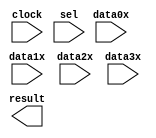
// megafunction wizard: %LPM_MUX%VBB%
// GENERATION: STANDARD
// VERSION: WM1.0
// MODULE: LPM_MUX 

// ============================================================
// Megafunction Name(s):
// 			LPM_MUX
//
// Simulation Library Files(s):
// 			lpm
// ============================================================
// ************************************************************
// THIS IS A WIZARD-GENERATED FILE. DO NOT EDIT THIS FILE!
//
// 14.1.0 Build 186 12/03/2014 SJ Full Version
// ************************************************************

//Copyright (C) 1991-2014 Altera Corporation. All rights reserved.
//Your use of Altera Corporation's design tools, logic functions 
//and other software and tools, and its AMPP partner logic 
//functions, and any output files from any of the foregoing 
//(including device programming or simulation files), and any 
//associated documentation or information are expressly subject 
//to the terms and conditions of the Altera Program License 
//Subscription Agreement, the Altera Quartus II License Agreement,
//the Altera MegaCore Function License Agreement, or other 
//applicable license agreement, including, without limitation, 
//that your use is for the sole purpose of programming logic 
//devices manufactured by Altera and sold by Altera or its 
//authorized distributors.  Please refer to the applicable 
//agreement for further details.

module mux_4to1_32stream (
	clock,
	data0x,
	data1x,
	data2x,
	data3x,
	sel,
	result);

	input	  clock;
	input	[32:0]  data0x;
	input	[32:0]  data1x;
	input	[32:0]  data2x;
	input	[32:0]  data3x;
	input	[1:0]  sel;
	output	[32:0]  result;

endmodule

// ============================================================
// CNX file retrieval info
// ============================================================
// Retrieval info: PRIVATE: INTENDED_DEVICE_FAMILY STRING "Cyclone V"
// Retrieval info: PRIVATE: SYNTH_WRAPPER_GEN_POSTFIX STRING "0"
// Retrieval info: PRIVATE: new_diagram STRING "1"
// Retrieval info: LIBRARY: lpm lpm.lpm_components.all
// Retrieval info: CONSTANT: LPM_PIPELINE NUMERIC "1"
// Retrieval info: CONSTANT: LPM_SIZE NUMERIC "4"
// Retrieval info: CONSTANT: LPM_TYPE STRING "LPM_MUX"
// Retrieval info: CONSTANT: LPM_WIDTH NUMERIC "33"
// Retrieval info: CONSTANT: LPM_WIDTHS NUMERIC "2"
// Retrieval info: USED_PORT: clock 0 0 0 0 INPUT NODEFVAL "clock"
// Retrieval info: USED_PORT: data0x 0 0 33 0 INPUT NODEFVAL "data0x[32..0]"
// Retrieval info: USED_PORT: data1x 0 0 33 0 INPUT NODEFVAL "data1x[32..0]"
// Retrieval info: USED_PORT: data2x 0 0 33 0 INPUT NODEFVAL "data2x[32..0]"
// Retrieval info: USED_PORT: data3x 0 0 33 0 INPUT NODEFVAL "data3x[32..0]"
// Retrieval info: USED_PORT: result 0 0 33 0 OUTPUT NODEFVAL "result[32..0]"
// Retrieval info: USED_PORT: sel 0 0 2 0 INPUT NODEFVAL "sel[1..0]"
// Retrieval info: CONNECT: @clock 0 0 0 0 clock 0 0 0 0
// Retrieval info: CONNECT: @data 0 0 33 0 data0x 0 0 33 0
// Retrieval info: CONNECT: @data 0 0 33 33 data1x 0 0 33 0
// Retrieval info: CONNECT: @data 0 0 33 66 data2x 0 0 33 0
// Retrieval info: CONNECT: @data 0 0 33 99 data3x 0 0 33 0
// Retrieval info: CONNECT: @sel 0 0 2 0 sel 0 0 2 0
// Retrieval info: CONNECT: result 0 0 33 0 @result 0 0 33 0
// Retrieval info: GEN_FILE: TYPE_NORMAL mux_4to1_32stream.v TRUE
// Retrieval info: GEN_FILE: TYPE_NORMAL mux_4to1_32stream.inc FALSE
// Retrieval info: GEN_FILE: TYPE_NORMAL mux_4to1_32stream.cmp FALSE
// Retrieval info: GEN_FILE: TYPE_NORMAL mux_4to1_32stream.bsf FALSE
// Retrieval info: GEN_FILE: TYPE_NORMAL mux_4to1_32stream_inst.v TRUE
// Retrieval info: GEN_FILE: TYPE_NORMAL mux_4to1_32stream_bb.v TRUE
// Retrieval info: LIB_FILE: lpm